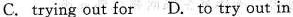
C. trying out for D. to try out in